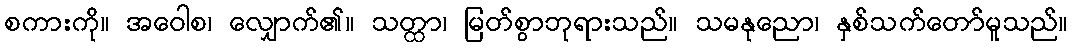
စကားကို။ အဝေါစ၊ လျှောက်၏။ သတ္ထာ၊ မြတ်စွာဘုရားသည်။ သမနုညော၊ နှစ်သက်တော်မူသည်။